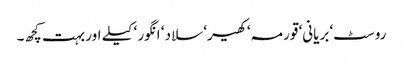
روسٹ‘ بریانی‘ قورمہ‘ کھیر‘ سلاد ‘ انگور ‘ کیلے اور بہت کچھ۔